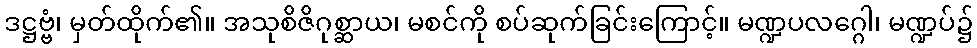
ဒဋ္ဌဗ္ဗံ၊ မှတ်ထိုက်၏။ အသုစိဇိဂုစ္ဆာယ၊ မစင်ကို စပ်ဆုက်ခြင်းကြောင့်။ မဏ္ဍပလဂ္ဂေါ၊ မဏ္ဍပ်၌